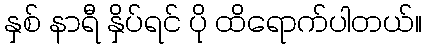
နှစ် နာရီ နှိပ်ရင် ပို ထိရောက်ပါတယ်။